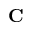
\mathbf { C }